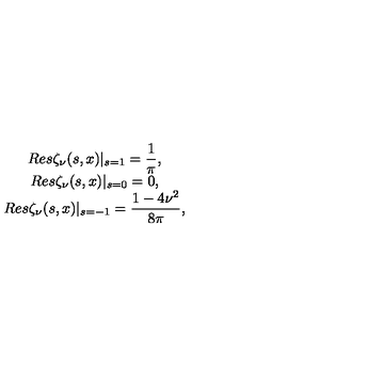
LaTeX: \begin{array} { c } { \displaystyle { R e s \zeta _ { \nu } ( s , x ) | _ { s = 1 } = \frac { 1 } { \pi } , } } \\ { \displaystyle { R e s \zeta _ { \nu } ( s , x ) | _ { s = 0 } = 0 , } } \\ { \displaystyle { R e s \zeta _ { \nu } ( s , x ) | _ { s = - 1 } = \frac { 1 - 4 { \nu } ^ { 2 } } { 8 \pi } , } } \\ \end{array}